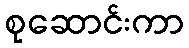
စုဆောင်းကာ